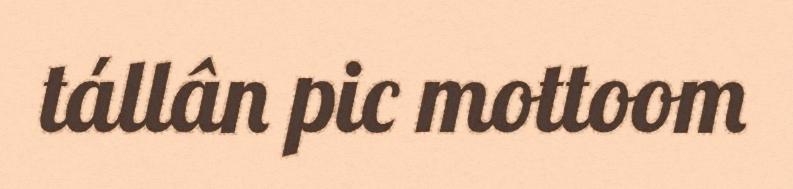
tállân pic mottoom